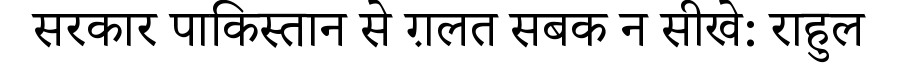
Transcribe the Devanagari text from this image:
सरकार पाकिस्तान से ग़लत सबक न सीखे: राहुल